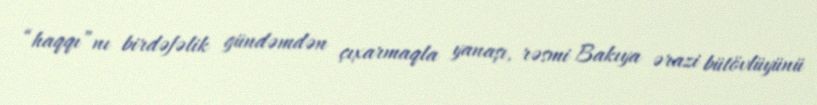
“haqqı”nı birdəfəlik gündəmdən çıxarmaqla yanaşı, rəsmi Bakıya ərazi bütövlüyünü